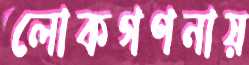
লোকগণনায়